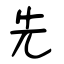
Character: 先